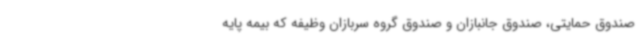
صندوق حمایتی، صندوق جانبازان و صندوق گروه سربازان وظیفه که بیمه پایه